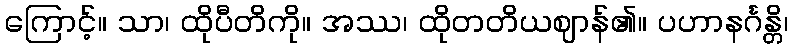
ကြောင့်။ သာ၊ ထိုပီတိကို။ အဿ၊ ထိုတတိယဈာန်၏။ ပဟာနင်္ဂန္တိ၊